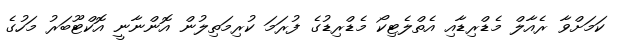
ކަމަށްވާ ރެއާލް މެޑްރިޑާއި އެތްލެޓިކޯ މެޑްރިޑުގެ ފުރަމަ ކުރިމަތިލުން އޮންނާނީ އޮކްޓޫބަރު މަހުގެ